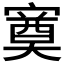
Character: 𭔕